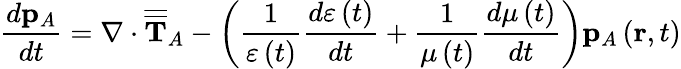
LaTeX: \frac{d\mathbf{p}_{A}}{dt}=\nabla\cdot\overline{{\overline{{\mathbf{T}}}}}_{A}-\left(\frac{1}{\varepsilon\left(t\right)}\frac{d\varepsilon\left(t\right)}{dt}+\frac{1}{\mu\left(t\right)}\frac{d\mu\left(t\right)}{dt}\right)\mathbf{p}_{A}\left(\mathbf{r},t\right)